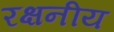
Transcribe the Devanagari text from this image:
रक्षनीय